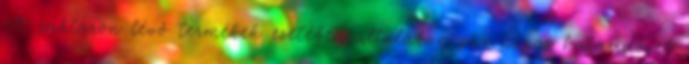
A raktáron lévő termékek esetében általában pár napos határidővel